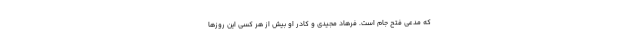
که مدعی فتح جام است. فرهاد مجیدی و کادر او بیش از هر کسی این روزها